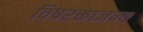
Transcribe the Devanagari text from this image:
विषरक्ताजन्य